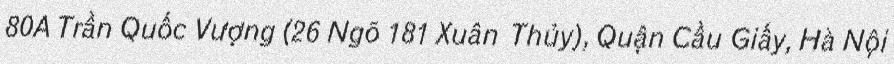
80A Trần Quốc Vượng (26 Ngõ 181 Xuân Thủy), Quận Cầu Giấy, Hà Nội